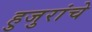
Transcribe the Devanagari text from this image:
हुजुरांचे